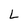
Character: L